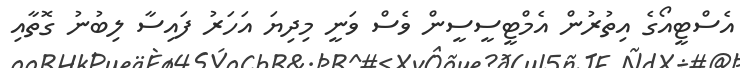
އެސްޓީއޯގެ އިތުރުން އެމްޓީސީސީން ވެސް ވަނީ މިދިޔަ އަހަރު ފައިސާ ލިބުނު ގޮތާއި